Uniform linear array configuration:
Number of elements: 48
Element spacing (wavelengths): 0.75
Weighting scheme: cosine
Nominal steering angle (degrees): -60
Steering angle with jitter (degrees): -60.817
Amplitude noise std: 0.05
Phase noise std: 0.05

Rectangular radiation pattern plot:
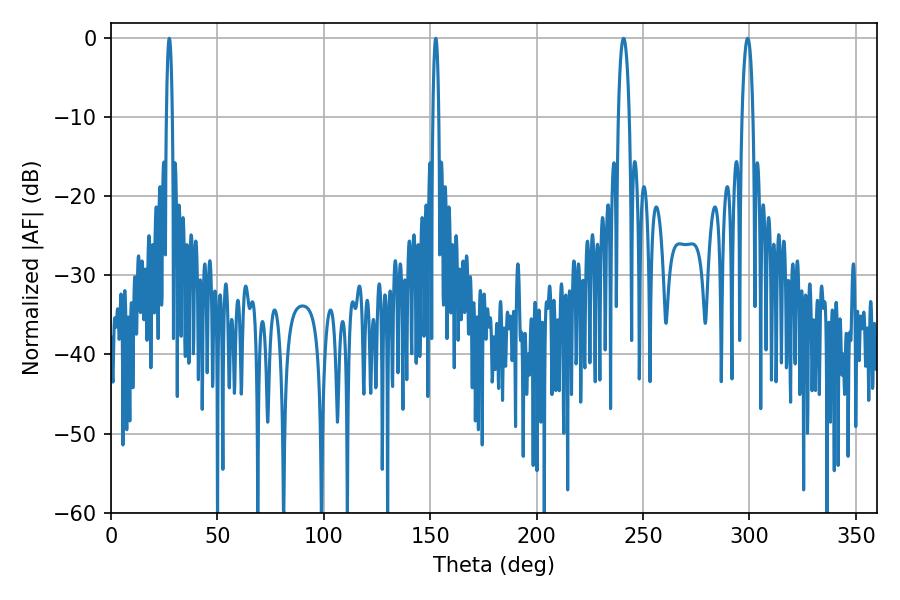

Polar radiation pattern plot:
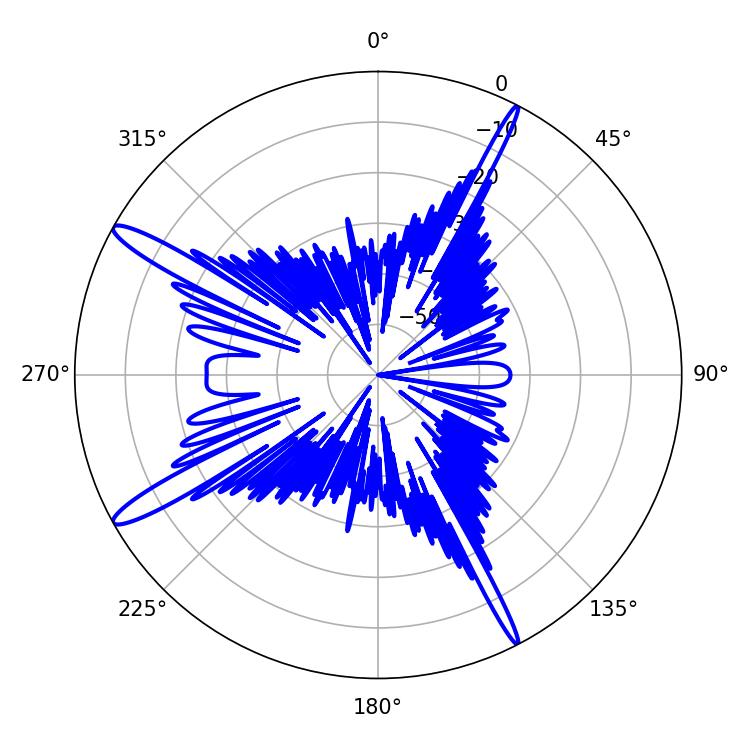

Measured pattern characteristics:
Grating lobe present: TRUE
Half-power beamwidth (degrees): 2.88
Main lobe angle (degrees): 240.84